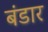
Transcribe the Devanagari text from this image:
बंडार